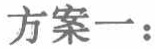
方案一：